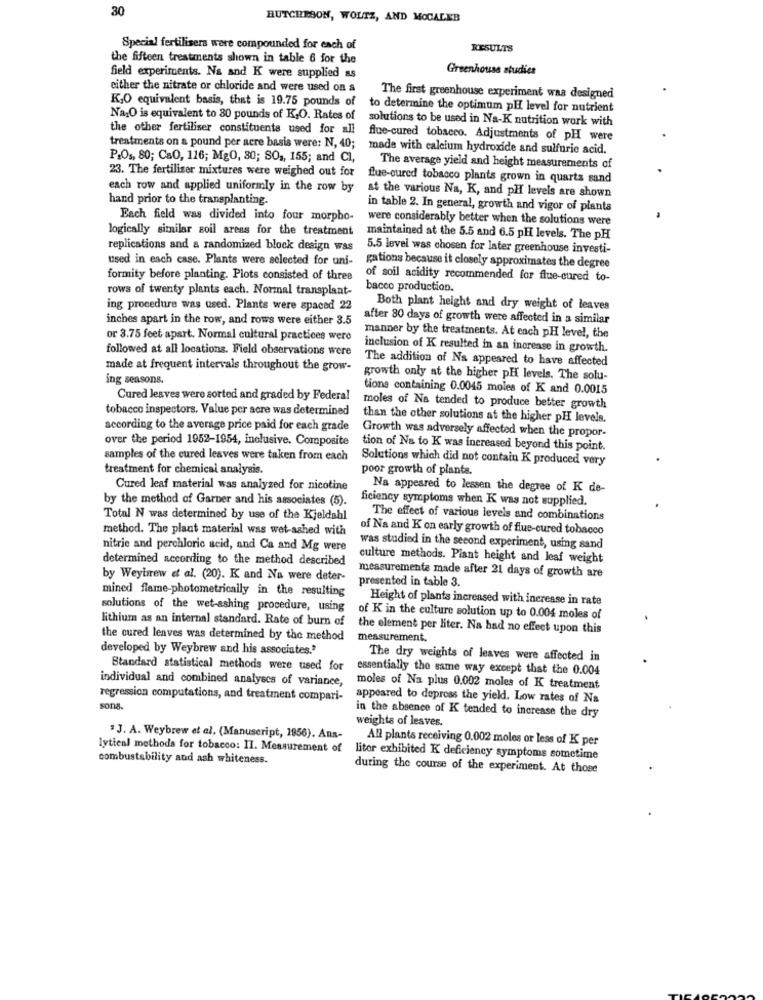
30
BUTCHESON, WOLTZ, AND MOCALEB
Special fertilisers were compounded for each of
RESULTS
the fifteen treatments shown in table 6 for the
Greenhouse studies
field experiments. Na and K were supplied as
either the nitrate or chloride and were used on a
The first greenhouse experiment was designed
K,O equivalent basis, that is 19.75 pounds of
to determine the optimum pH level for nutrient
Na,O is equivalent to 30 pounds of K,O. Rates of
solutions to be used in Na-K nutrition work with
the other fertiliser constituents used for all
flue-cured tobacco. Adjustments of pH were
treatments on a pound per acre basis were: N, 40;
made with calcium hydroxide and sulfuric acid.
P.Os, 80; CaO, 116; Mg0, 80; SO2, 155; and CI,
The average yield and height measurements of
23. The fertilizer mixtures were weighed out for
flue-oured tobacco plants grown in quarta sand
each row and applied uniformly in the row by
hand prior to the transplanting.
at the various Na, K, and PH levels are shown
in table 2. In general, growth and vigor of planta
Each field was divided into four morpho-
were considerably better when the solutions were
logically similar soil areas for the treatment
maintained at the 5.5 and 6.5 pH levels. The pH
replications and a randomized block design was
5.5 level was chosen for later greenhouse investi-
used in each case. Plants were selected for uni-
gations because it closely approximates the degree
formity before planting. Plots consisted of three
of soil acidity recommended for flue-cured to-
rows of twenty plants each. Normal transplant-
bacco production.
ing procedure was used. Plants were spaced 22
Both plant height and dry weight of leaves
inches apart in the row, and rows were either 3.5
after 80 days of growth were affected in a similar
or 3.75 feet apart. Normal cultural practices were
manner by the treatments. At each pH level, the
followed at all locations. Field observations were
inclusion of K resulted in an increase in growth.
The addition of Na appeared to have affected
made at frequent intervals throughout the grow-
ing seasons.
growth only at the higher pH levels. The solu-
tions containing 0.0045 moles of K and 0.0015
Cured leaves were sorted and graded by Federal
tobacco inspectors. Value per acre was determined
moles of Na tended to produce better growth
than the other solutions at the higher pH levels.
according to the average price paid for each grade
Growth was adversely affected when the propor-
over the period 1952-1954, inclusive. Composite
tion of Na to K was increased beyond this point.
samples of the cured leaves were taken from each
Solutions which did not contain K produced very
treatment for chemical analysis.
poor growth of plants.
Cured leaf material was analyzed for nicotine
Na appeared to lessen the degree of K de-
by the method of Garner and his associates (5).
ficiency symptoms when K was not supplied.
Total N was determined by use of the Kjeldahl
The effect of various levels and combinations
method. The plant material was wet-ashed with
of Na and K on early growth of flue-cured tobacco
nitrie and perchloric acid, and Ca and Mg were
was studied in the second experiment, using sand
determined according to the method described
culture methods. Plant height and leaf weight
by Weybrew et al. (20). K and Na were deter-
measurements made after 21 days of growth are
presented in table 3.
mined flame-photometrically in the resulting
Height of plants increased with increase in rate
solutions of the wet-ashing procedure, using
lithium as an internal standard. Rate of burn of
of K in the culture solution up to 0.004 moles of
the element per liter. Na had no effect upon this
the cured leaves was determined by the method
measurement.
developed by Weybrew and his associates."
The dry weights of leaves were affected in
Standard statistical methods were used for
essentially the same way except that the 0.004
individual and combined analyses of variance,
moles of Na plus 0.002 moles of K treatment
regression computations, and treatment compari-
appeared to depress the yield. Low rates of Na
sons.
in the absence of K tended to increase the dry
weights of leaves.
. J. A. Weybrew et al. (Manuscript, 1956). Ans-
All plants receiving 0.002 moles or less of K per
lytical methods for tobacco: II. Measurement of
combustability and ash whiteness.
litor exhibited K deficiency symptoms sometime
during the course of the experiment. At those